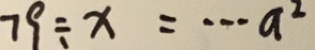
7 9 \div x = \cdots a ^ { 2 }